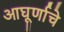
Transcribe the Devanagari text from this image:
आघूर्णाचे